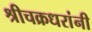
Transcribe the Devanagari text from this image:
श्रीचक्रधरांनी